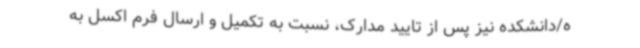
ه/دانشکده نیز پس از تایید مدارک، نسبت به تکمیل و ارسال فرم اکسل به